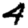
Digit: 4